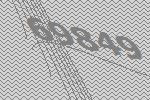
69849